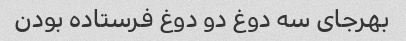
بهرجای سه دوغ دو دوغ فرستاده بودن